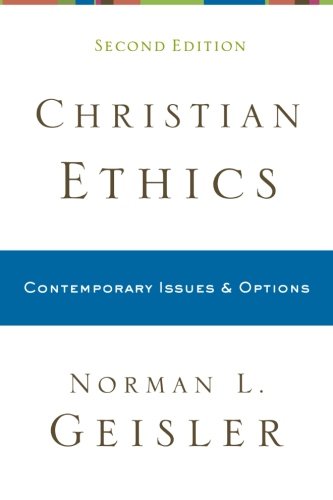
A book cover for Christian Ethics: Contemporary Issues and Options; Norman L. Geisler; Christian Books & Bibles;